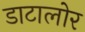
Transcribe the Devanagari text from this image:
डाटालोर